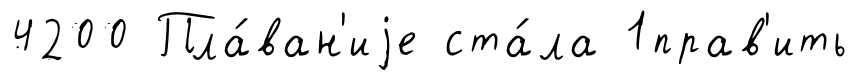
4200 Пла́ван'иjе ста́ла 1прав'ить